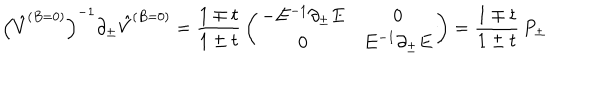
\left( \hat { V } ^ { ( B = 0 ) } \right) ^ { - 1 } \partial _ { \pm } \hat { V } ^ { ( B = 0 ) } = { \frac { 1 \mp t } { 1 \pm t } } \left( \begin{array} { c c } { { - E ^ { - 1 } \partial _ { \pm } E } } & { { 0 } } \\ { { 0 } } & { { E ^ { - 1 } \partial _ { \pm } E } } \\ \end{array} \right) = { \frac { 1 \mp t } { 1 \pm t } } \, P _ { \pm }